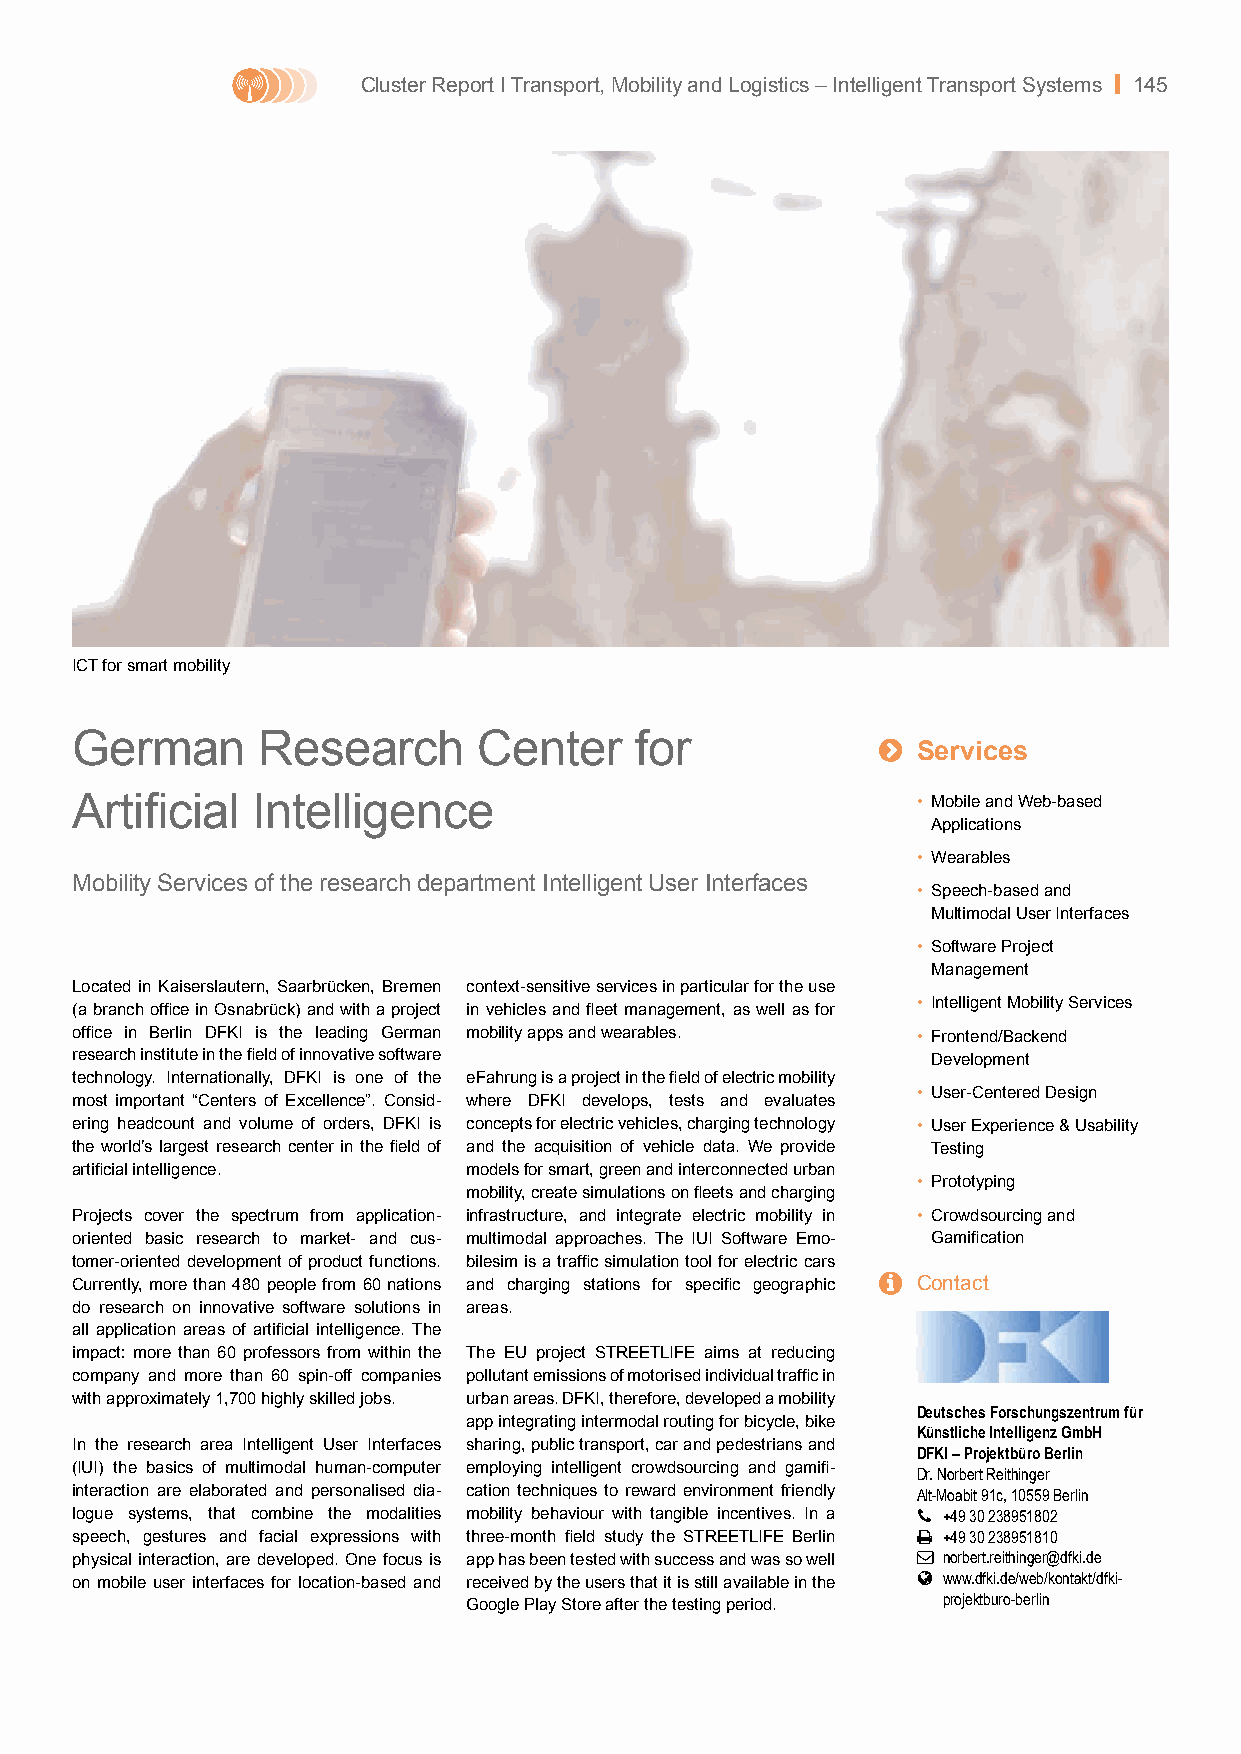
Cluster Report I Transport, Mobility and Logistics – Intelligent Transport Systems | 145
 ICT for smart mobility
 German      Research       Center    for             
 Services
 Artificial  Intelligence                                • Mobile and Web-based
 Applications
 • Wearables
 Mobility Services of the research department Intelligent User Interfaces
 • Speech-based and
 Multimodal User Interfaces
 • Software Project
 Management
 Located in Kaiserslautern, Saarbrücken, Bremen context-sensitive services in particular for the use
 (a branch office in Osnabrück) and with a project in vehicles and fleet management, as well as for • Intelligent Mobility Services
 office in Berlin DFKI is the leading German mobility apps and wearables. • Frontend/Backend
 research institute in the field of innovative software   Development
 technology. Internationally, DFKI is one of the eFahrung is a project in the field of electric mobility
 • User-Centered Design
 most important “Centers of Excellence”. Consid- where DFKI develops, tests and evaluates
 ering headcount and volume of orders, DFKI is concepts for electric vehicles, charging technology • User Experience & Usability
 the world’s largest research center in the field of and the acquisition of vehicle data. We provide Testing
 artificial intelligence.  models for smart, green and interconnected urban
 • Prototyping
 mobility, create simulations on fleets and charging
 Projects cover the spectrum from application- infrastructure, and integrate electric mobility in • Crowdsourcing and
 oriented basic research to market- and cus- multimodal approaches. The IUI Software Emo- Gamification
 tomer-oriented development of product functions. bilesim is a traffic simulation tool for electric cars
 Currently, more than 480 people from 60 nations and charging stations for specific geographic  Contact
 do research on innovative software solutions in areas.
 all application areas of artificial intelligence. The
 impact: more than 60 professors from within the The EU project STREETLIFE aims at reducing
 company and more than 60 spin-off companies pollutant emissions of motorised individual traffic in
 with approximately 1,700 highly skilled jobs. urban areas. DFKI, therefore, developed a mobility
 Deutsches Forschungszentrum für
 app integrating intermodal routing for bicycle, bike
 Künstliche Intelligenz GmbH
 In the research area Intelligent User Interfaces sharing, public transport, car and pedestrians and
 DFKI – Projektbüro Berlin
 (IUI) the basics of multimodal human-computer employing intelligent crowdsourcing and gamifi- Dr. Norbert Reithinger
 interaction are elaborated and personalised dia- cation techniques to reward environment friendly Alt-Moabit 91c, 10559 Berlin
 logue systems, that combine the modalities mobility behaviour with tangible incentives. In a  +49 30 238951802
 speech, gestures and facial expressions with three-month field study the STREETLIFE Berlin  +49 30 238951810
 physical interaction, are developed. One focus is app has been tested with success and was so well  norbert.reithinger@dfki.de
 on mobile user interfaces for location-based and received by the users that it is still available in the  www.dfki.de/web/kontakt/dfki-
 projektburo-berlin
 Google Play Store after the testing period.